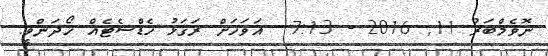
ނޮވެމްބަރު 11